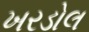
ખરડોલ